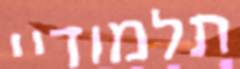
תלמודיי